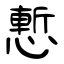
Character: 慙